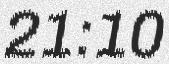
21:10